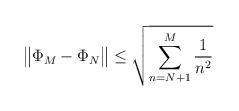
LaTeX: \begin{align*}\big\| \Phi_M - \Phi_N \big\| \leq \sqrt{ \sum_{n = N + 1}^M \frac{1}{n^2}}\end{align*}